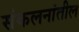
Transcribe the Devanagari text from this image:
संकलनांतील